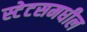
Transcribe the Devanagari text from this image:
स्टेटसमधील